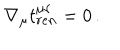
LaTeX: \nabla _ { \mu } t _ { r e n } ^ { \mu \nu } = 0 \, .